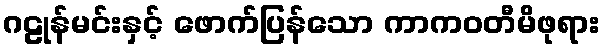
ဂဠုန်မင်းနှင့် ဖောက်ပြန်သော ကာကဝတီမိဖုရား